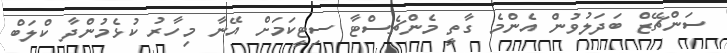
ސަންޗޭޒް ބަދަލުވުން އެންމެ ގާތީ މެންޗެސްޓާ ސިޓީކަމަށް އޭނާ މިހާރު ކުޅެމުންދާ ކްލަބް